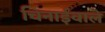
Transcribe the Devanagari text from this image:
चिनाईवाले